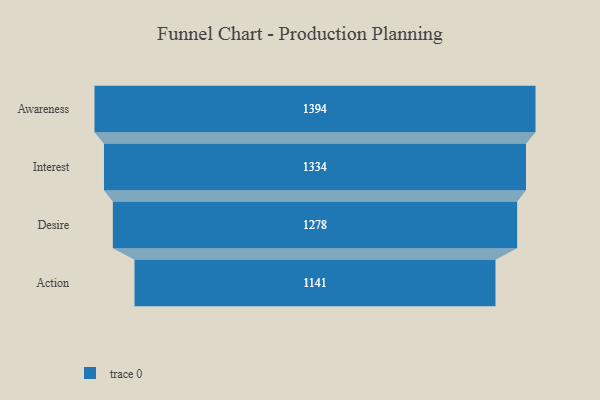
{"axis": {"x": "Stage", "y": "Value"}, "legend": [""], "data": [{"x": "Awareness", "y": 1394.0, "type": ""}, {"x": "Interest", "y": 1334.0, "type": ""}, {"x": "Desire", "y": 1278.0, "type": ""}, {"x": "Action", "y": 1141.0, "type": ""}]}